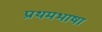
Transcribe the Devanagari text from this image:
प्रथमभाषा